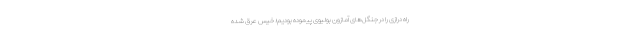
راه درازی را در جنگل‌های آمازون بولیوی پیموده بودیم؛ خیس عرق شده